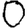
Digit: 0